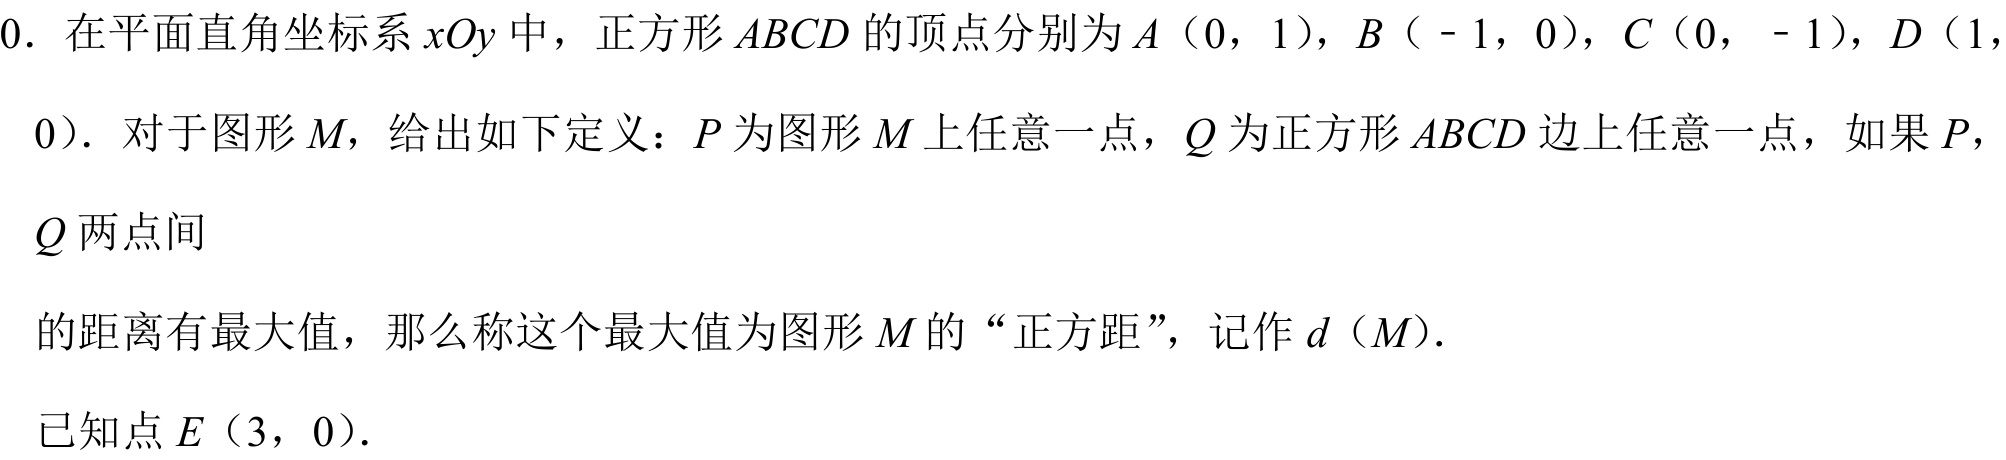
0. 在平面直角坐标系\(xOy\)中，正方形\(ABCD\)的顶点分别为\(A(0,1)\)，\(B(-1,0)\)，\(C(0,-1)\)，\(D(1,
0)\). 对于图形\(M\)，给出如下定义：\(P\)为图形\(M\)上任意一点，\(Q\)为正方形\(ABCD\)边上任意一点，如果\(P\)，
\(Q\)两点间
的距离有最大值，那么称这个最大值为图形\(M\)的“正方距”，记作\(d(M)\).

已知点\(E(3,0)\).